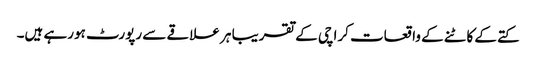
کتے کے کاٹنے کے واقعات کراچی کے تقریبا ہر علاقے سے رپورٹ ہورہے ہیں۔